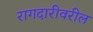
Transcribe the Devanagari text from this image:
रागदारीवरील